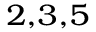
{ } ^ { 2 , 3 , 5 }